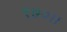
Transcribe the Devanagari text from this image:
९७०।।